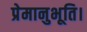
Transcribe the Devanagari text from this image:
प्रेमानुभूति।